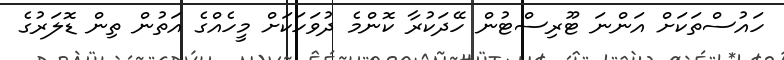
ހައުސްތަކަށް އަންނަ ޓޫރިސްޓުން ހޭދަކުރާ ކޮންމެ ދުވަހަކަށް މީހެއްގެ އަތުން ތިން ޑޮލަރުގެ